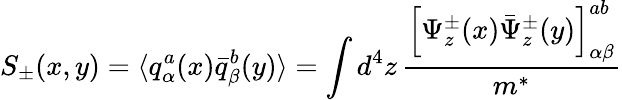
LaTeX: S_{\pm}(x,y)=\langle q_{\alpha}^{a}(x){\bar{q}}_{\beta}^{b}(y)\rangle=\int d^{4}z\, \frac{\left[\Psi_{z}^{\pm}(x){\bar{\Psi}}_{z}^{\pm}(y)\right]_{\alpha\beta}^{ab}}{m^{*}}